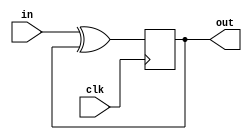
module top_module (
    input clk,
    input in, 
    output out
    );

    reg q;

    always@(posedge clk)begin
	q <= in ^ q; 
    end

    assign out = q;

endmodule